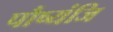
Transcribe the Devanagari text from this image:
पौष्यंजि